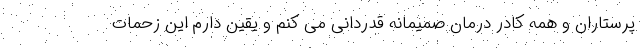
پرستاران و همه کادر درمان صمیمانه قدردانی می کنم و یقین دارم این زحمات